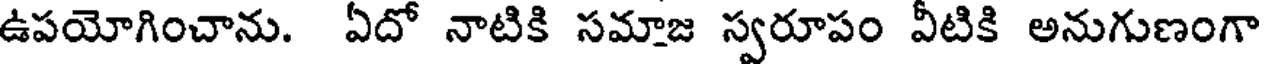
ఉపయోగించాను. ఏదో నాటికి సమాజ స్వరూపం వీటికి అనుగుణంగా